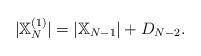
LaTeX: \begin{align*}|\mathbb{X}_N^{(1)}| = |\mathbb{X}_{N-1}| + D_{N-2}.\end{align*}